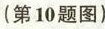
(第10题图)